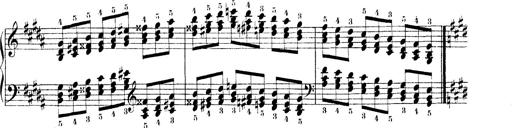
Title: Technische Studien
Composer: Franz Liszt